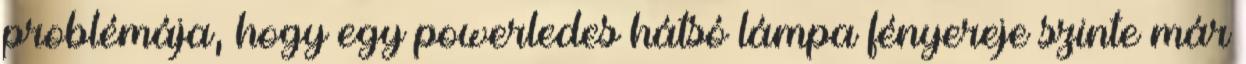
problémája, hogy egy powerledes hátsó lámpa fényereje szinte már